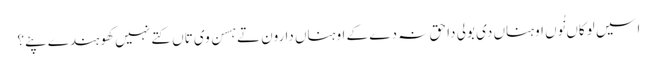
اسیں لوکاں نُوں اوہناں دی بولی دا حق نہ دے کے اوہناں دا رون تے ہسن وی تاں کِتے نہیں کھوہندے پئے؟